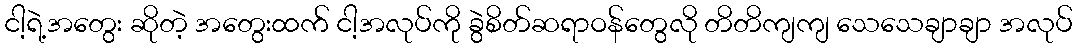
ငါ့ရဲ့အတွေး ဆိုတဲ့ အတွေးထက် ငါ့အလုပ်ကို ခွဲစိတ်ဆရာဝန်တွေလို တိတိကျကျ သေသေချာချာ အလုပ်